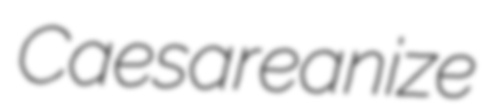
Caesareanize